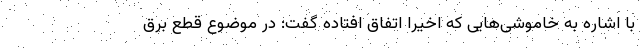
با اشاره به خاموشی‌هایی که اخیرا اتفاق افتاده گفت: در موضوع قطع برق